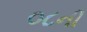
૦૮ની